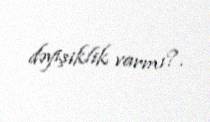
dəyişiklik varmı?.